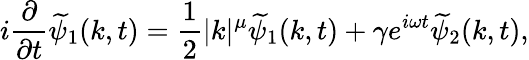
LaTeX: i\frac{\partial}{\partial t}\widetilde{\psi}_{1}(k,t)=\frac{1}{2}|k|^{\mu}\widetilde{\psi}_{1}(k,t)+\gamma e^{i\omega t}\widetilde{\psi}_{2}(k,t),